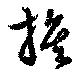
旗